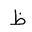
Letter: _za